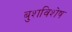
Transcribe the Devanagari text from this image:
बुशविशेष